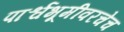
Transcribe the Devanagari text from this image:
पार्श्वभूमीवरचेच